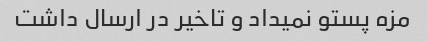
مزه پستو نمیداد و تاخیر در ارسال داشت